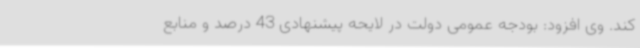
کند. وی افزود: بودجه عمومی دولت در لایحه پیشنهادی 43 درصد و منابع